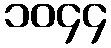
၁၀၄၄